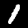
Label: 1